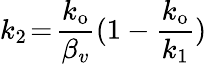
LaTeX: k_{2}\! =\! \frac{k_{\mathrm{o}}}{\beta_{v}}(1-\frac{k_{\mathrm{o}}}{k_{1}})